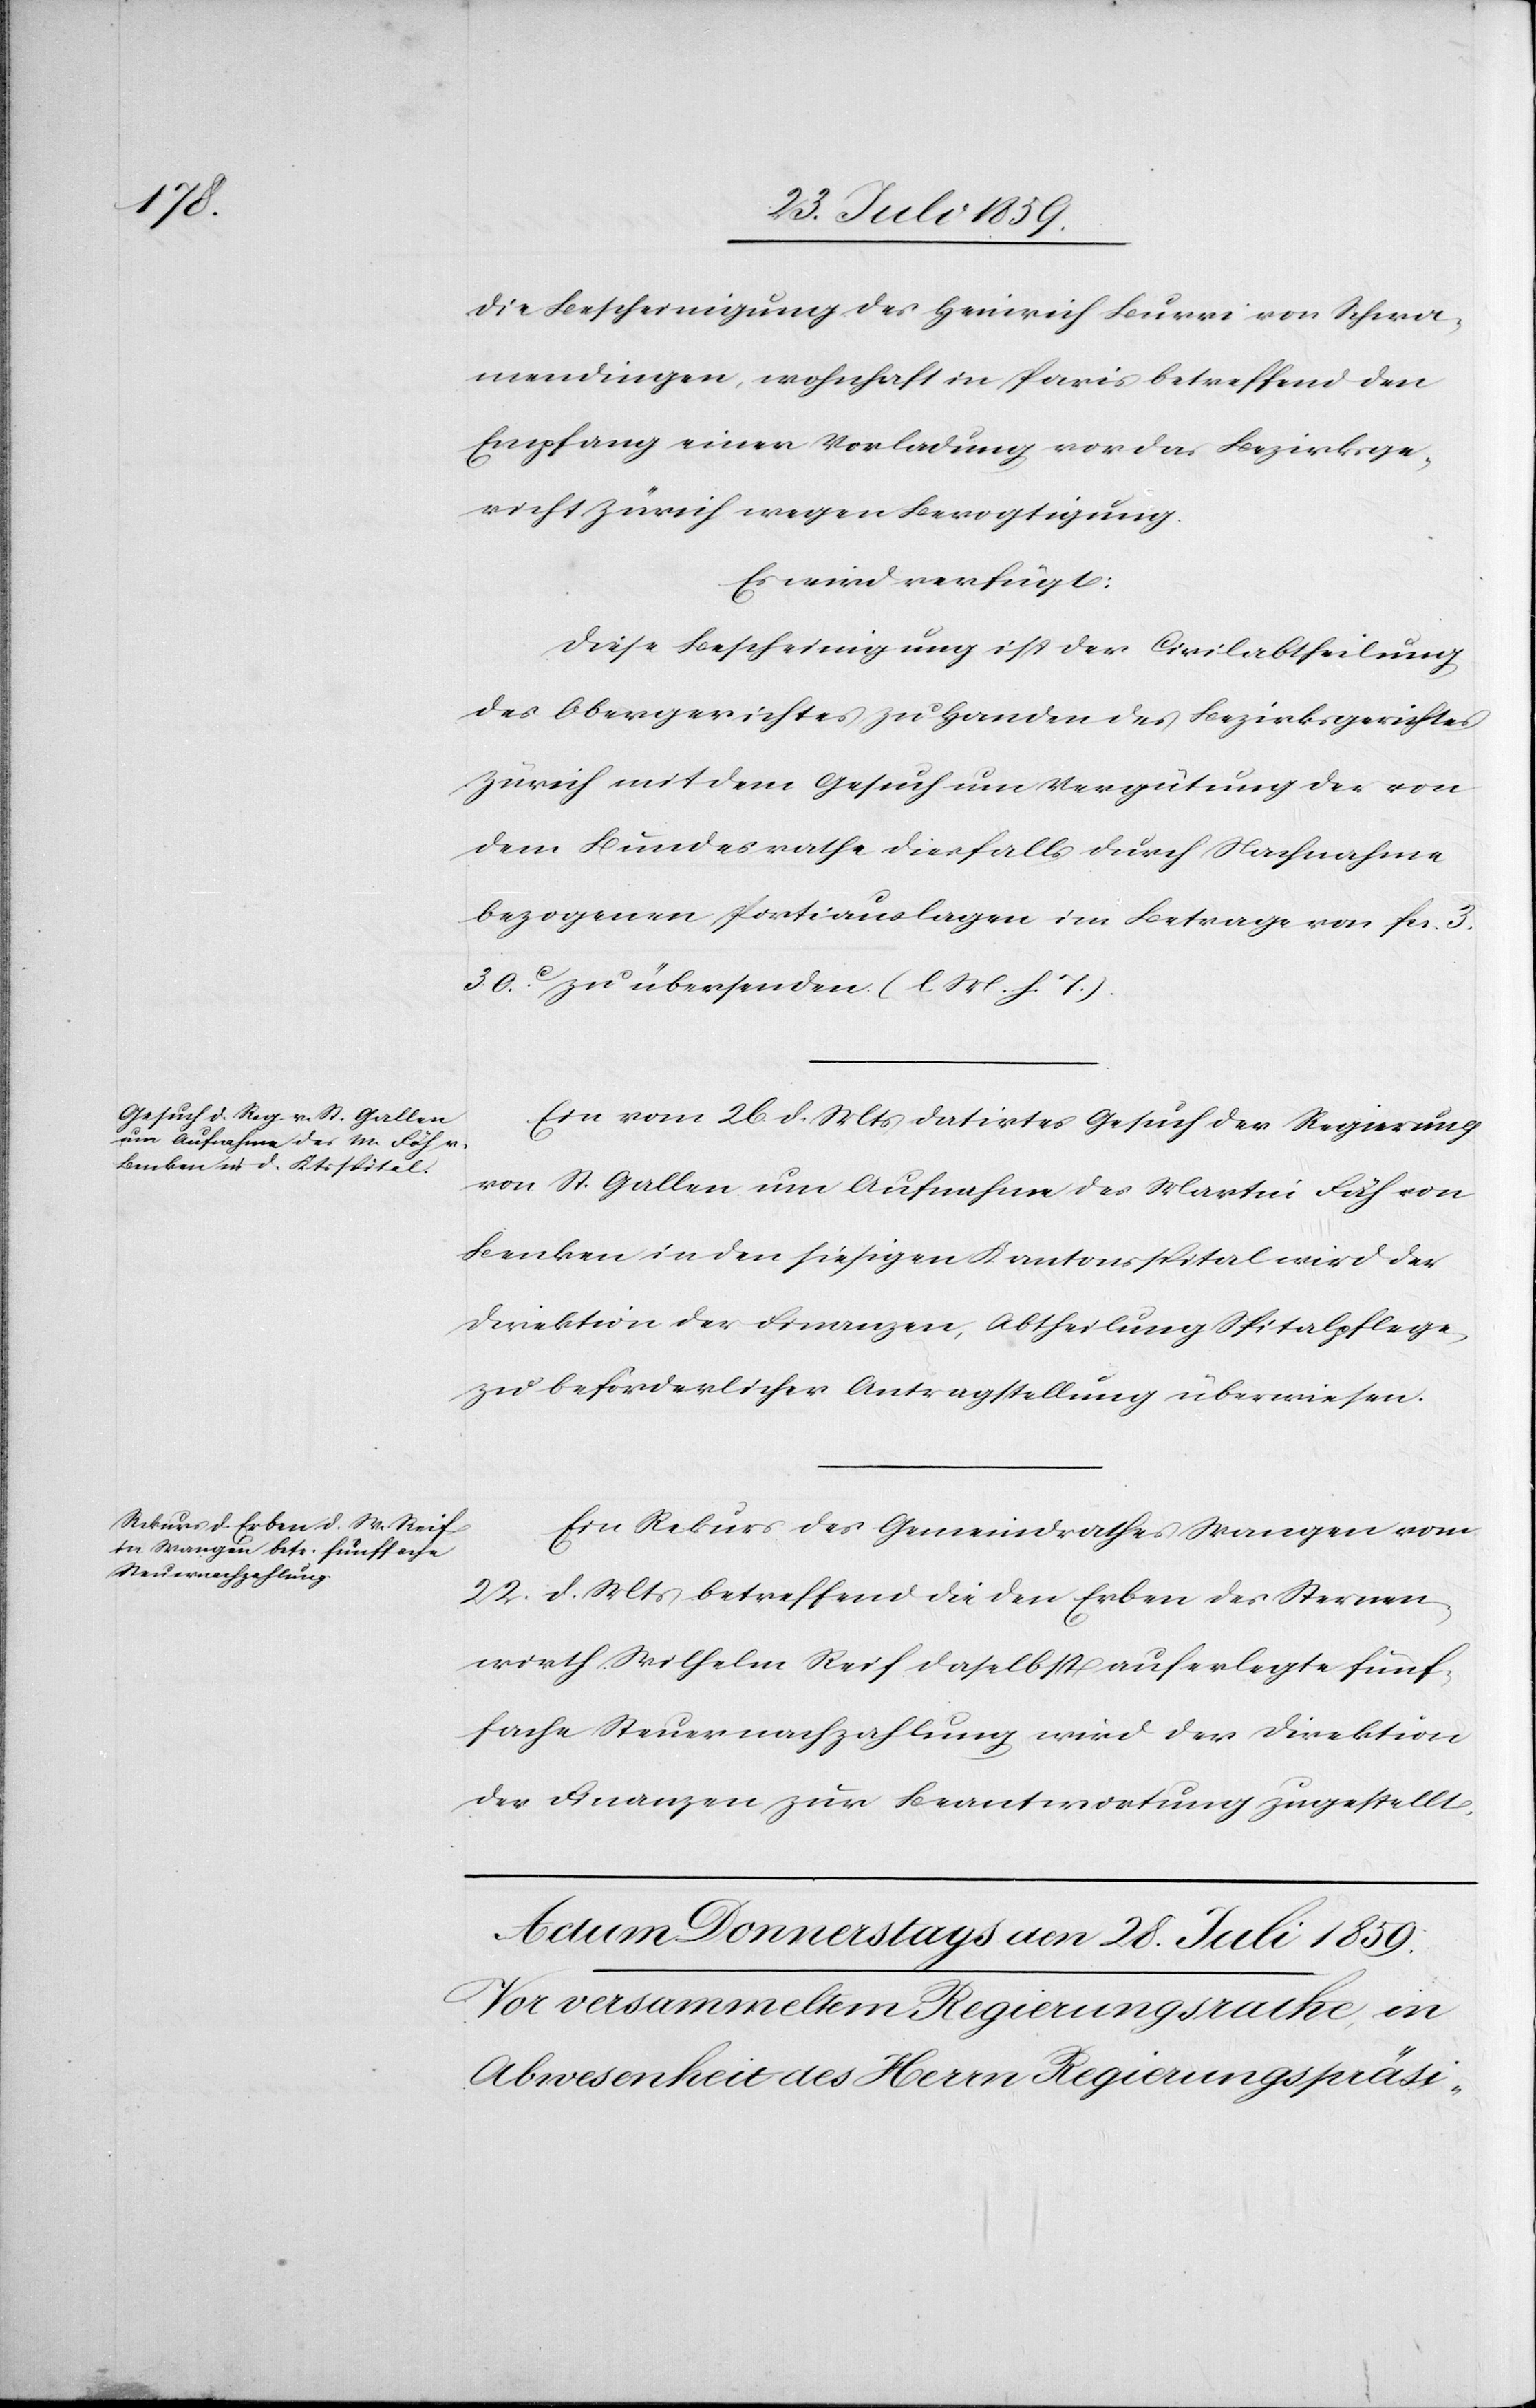
die Bescheinigung des Heinrich Burri von Schwa¬
mendingen, wohnhaft in Paris betreffend den
Empfang einer Vorladung vor das Bezirksge¬
richt Zürich wegen Bevogtigung.
Es wird verfügt:
Diese Bescheinigung ist der Civilabtheilung
des Obergerichtes zu Handen des Bezirksgerichtes
Zürich mit dem Gesuch um Vergütung der von
dem Bundesrathe diesfalls durch Nachnahme
bezogenen Portiauslagen im Betrage von fcs.
3. 30c. zu übersenden (l. M. h. T.).
Ein vom 26. d. Mts. datirtes Gesuch der Regierung
von St. Gallen um Aufnahme des Martin Fäh von
Benken in den hiesigen Kantonsspital wird der
Direktion der Finanzen, Abtheilung Spitalpflege
zu beförderlicher Antragstellung überwiesen.
Ein Rekurs des Gemeindrathes Wangen vom
22. d. Mts. betreffend die den Erben des Sternen¬
wirth Wilhelm Reif daselbst auferlegte fünf¬
fache Steuernachzahlung wird der Direktion
der Finanzen zur Beantwortung zugestellt.